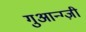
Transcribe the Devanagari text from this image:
गुआन्ग्ज़ी